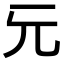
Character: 𠑶